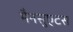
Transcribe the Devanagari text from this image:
मैनसुएटस